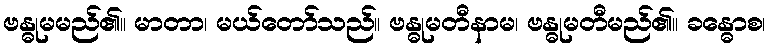
ဗန္ဓုမမည်၏။ မာတာ၊ မယ်တော်သည်။ ဗန္ဓုမတီနာမ၊ ဗန္ဓုမတီမည်၏။ ခန္ဓောစ၊